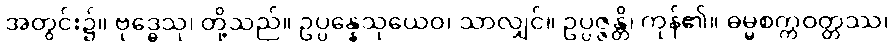
အတွင်း၌။ ဗုဒ္ဓေသု၊ တို့သည်။ ဥပ္ပန္နေသုယေဝ၊ သာလျှင်။ ဥပ္ပဇ္ဇန္တိ၊ ကုန်၏။ ဓမ္မစက္ကဝတ္တဿ၊